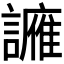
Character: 𫍑